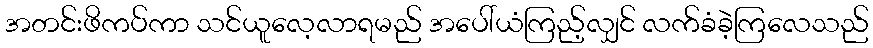
အတင်းဖိကပ်ကာ သင်ယူလေ့လာရမည် အပေါ်ယံကြည့်လျှင် လက်ခံခဲ့ကြလေသည်